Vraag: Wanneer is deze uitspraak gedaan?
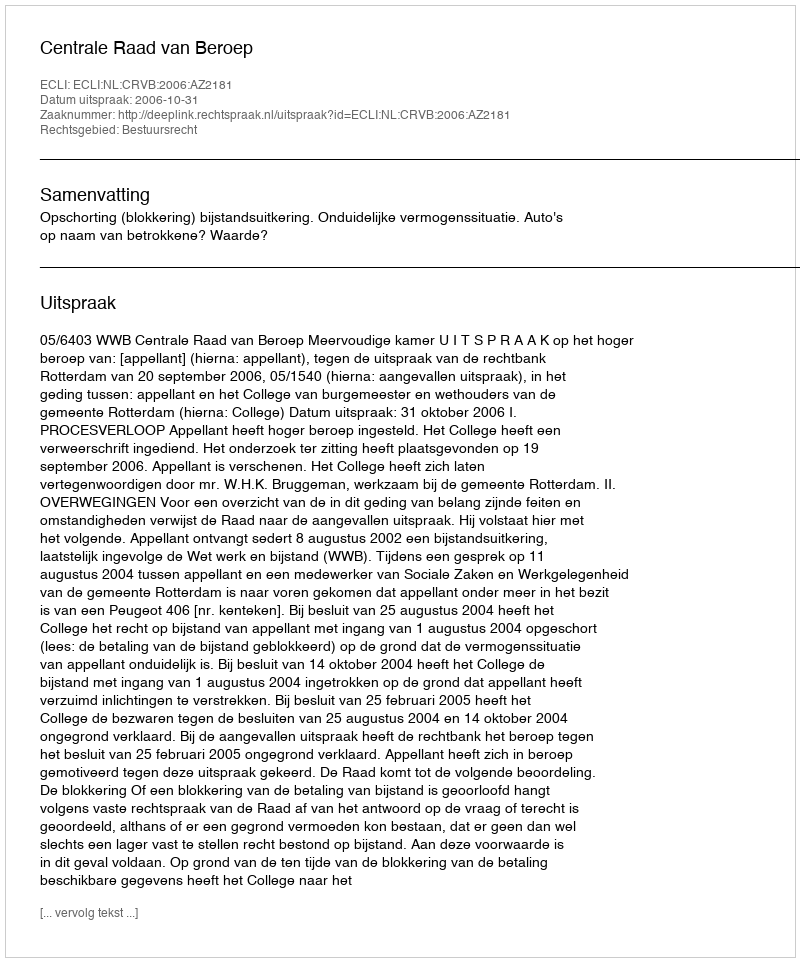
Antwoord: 2006-10-31